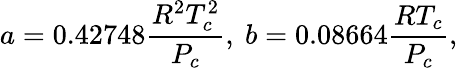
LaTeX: a=0.42748\frac{R^{2}T_{c}^{2}}{P_{c}},\ b=0.08664\frac{RT_{c}}{P_{c}},